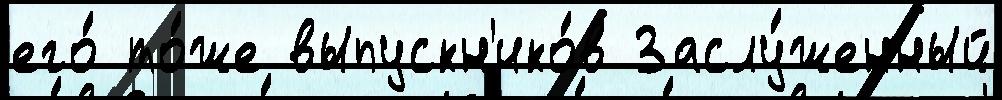
его́ то́же выпускн'ико́в Заслу́женный